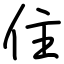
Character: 住